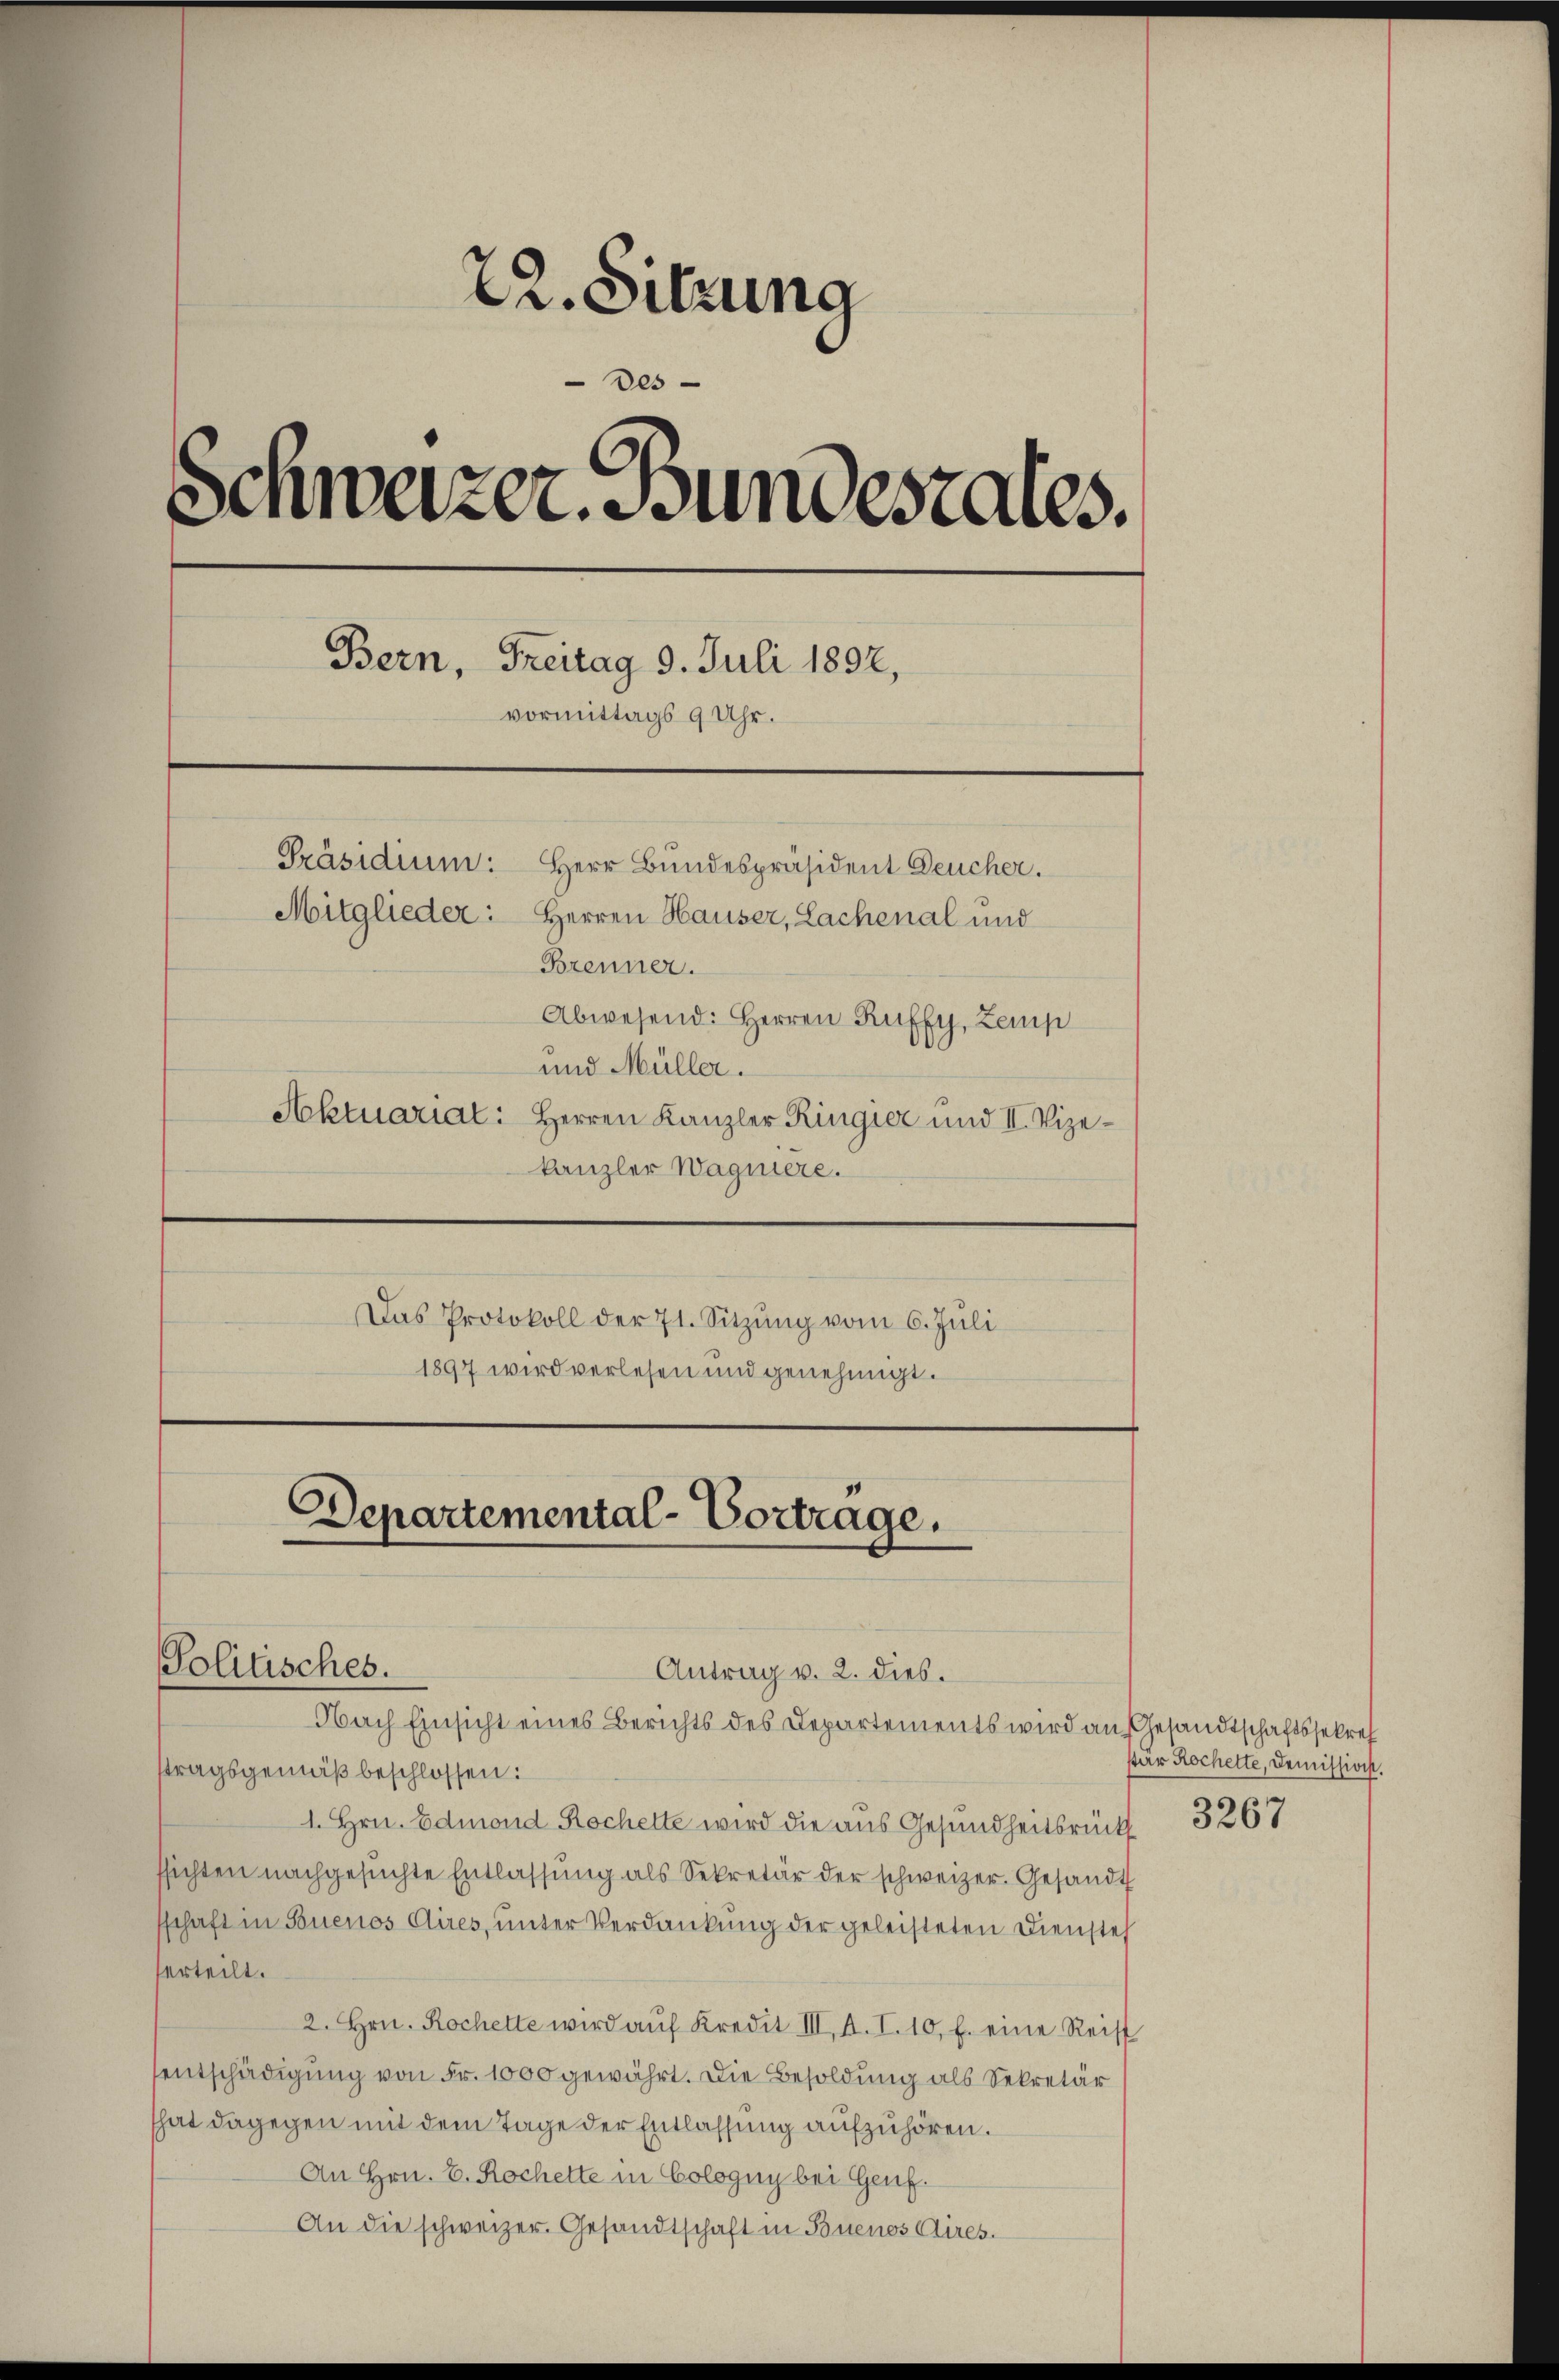
22. Sitzung
Des
¬
Schweizer. Bundesrates.
Bern, Freitag 9. Juli 1892,
vormittags 9 Uhr.
Präsidium: Herr Bundespräsident Deucher.
Mitglieder: Herren Hauser, Lachenal und
Brenner.
Abwesend: Herren Ruffy, Zemp
und Müller.
Aktuariat: Herren Kanzler Ringier und II. Vize¬

kanzler Wagniere.
Das Protokoll der 71. Sitzŭng vom 6. Juli
1897 wird verlesen und genehmigt.

Departemental-Vortrage.
Politisches.
Antrag v. 2. dies.
Nach Einsicht eines Berichts des Departements wird an Gesandtschaftssekret

stragsgemäß beschlossen:
1. Hrn. Edmond Rochelte wird die aus Gesundheitsrück
ssichten nachgesŭchte Entlassŭng als Sekretär der schweizer. Gesandt
schaft in Buenos Aires, unter Verdankung der geleisteten Diensteh
erteilt.
2. Hrn. Rochette wird aŭf Kredit III. A. I. 10. f. eine Reist
sentschädigung von Fr. 1000 gewährt. Die Besoldung als Sekretär
hat dagegen mit dem Tage der Entlassung aufzuhören.
An Hrn. E. Rochette in Cologny bei Genf.
An die schweizer. Gesandtschaft in Buenos Aires.

sar Rochette, Demission.

3267